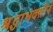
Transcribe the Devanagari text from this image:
श्रद्धाभक्तीने